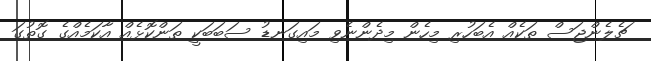
ޗެލެންޖަސް ތަކެއް އެބަހުރި މިހެން މިދެންނެވި މައިގަނޑު ސަބަބަކީ ތަންކޮޅެއް އާކަމެއްގެ ގޮތުގަ